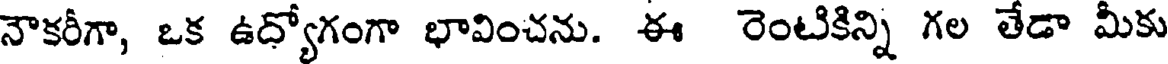
నౌకరీగా, ఒక ఉద్యోగంగా భావించను. ఈ రెంటికిన్ని గల తేడా మీకు